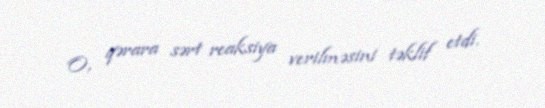
O, qərara sərt reaksiya verilməsini təklif etdi.